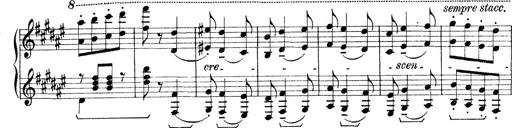
Title: Rapsodie: 19 ungheresi, 1 spagnuola
Composer: Franz Liszt